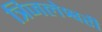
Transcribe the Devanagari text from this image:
त्रिजलेश्वरी